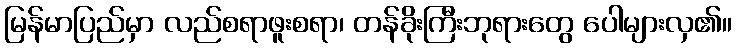
မြန်မာပြည်မှာ လည်စရာဖူးစရာ၊ တန်ခိုးကြီးဘုရားတွေ ပေါများလှ၏။